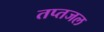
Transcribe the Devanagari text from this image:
तप्तजल